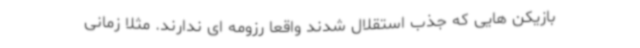
بازیکن هایی که جذب استقلال شدند واقعا رزومه ای ندارند. مثلاً زمانی